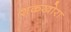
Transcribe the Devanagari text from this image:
शकखोरा